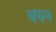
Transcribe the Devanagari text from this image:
बयन